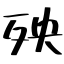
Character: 殃